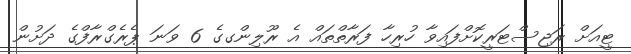
ޓީއަށް ރަޖިސްޓަރީކޮށްފައިވާ ހުރިހާ ފަރާތްތައް އެ ރޫލިންގގެ 6 ވަނަ ޕެރެގްރާފްގެ ދަށުން